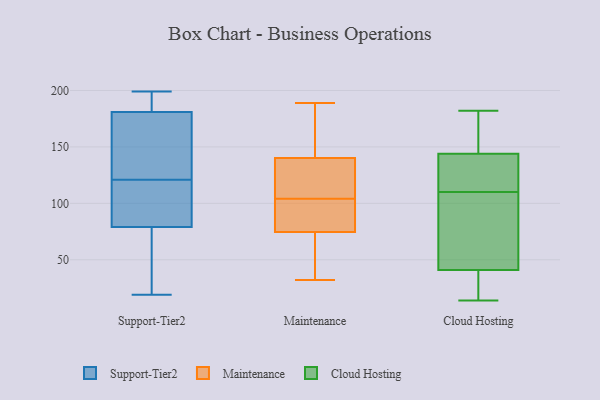
{"axis": {"x": "Active Users", "y": "Value"}, "legend": ["Cloud Hosting", "Maintenance", "Support-Tier2"], "data": [{"x": "", "y": 155, "type": "Support-Tier2"}, {"x": "", "y": 97, "type": "Support-Tier2"}, {"x": "", "y": 153, "type": "Support-Tier2"}, {"x": "", "y": 62, "type": "Support-Tier2"}, {"x": "", "y": 67, "type": "Support-Tier2"}, {"x": "", "y": 96, "type": "Support-Tier2"}, {"x": "", "y": 19, "type": "Support-Tier2"}, {"x": "", "y": 97, "type": "Support-Tier2"}, {"x": "", "y": 193, "type": "Support-Tier2"}, {"x": "", "y": 199, "type": "Support-Tier2"}, {"x": "", "y": 145, "type": "Support-Tier2"}, {"x": "", "y": 181, "type": "Support-Tier2"}, {"x": "", "y": 188, "type": "Support-Tier2"}, {"x": "", "y": 79, "type": "Support-Tier2"}, {"x": "", "y": 104, "type": "Maintenance"}, {"x": "", "y": 69, "type": "Maintenance"}, {"x": "", "y": 161, "type": "Maintenance"}, {"x": "", "y": 117, "type": "Maintenance"}, {"x": "", "y": 91, "type": "Maintenance"}, {"x": "", "y": 39, "type": "Maintenance"}, {"x": "", "y": 148, "type": "Maintenance"}, {"x": "", "y": 189, "type": "Maintenance"}, {"x": "", "y": 115, "type": "Maintenance"}, {"x": "", "y": 32, "type": "Maintenance"}, {"x": "", "y": 91, "type": "Maintenance"}, {"x": "", "y": 131, "type": "Cloud Hosting"}, {"x": "", "y": 14, "type": "Cloud Hosting"}, {"x": "", "y": 26, "type": "Cloud Hosting"}, {"x": "", "y": 119, "type": "Cloud Hosting"}, {"x": "", "y": 172, "type": "Cloud Hosting"}, {"x": "", "y": 161, "type": "Cloud Hosting"}, {"x": "", "y": 101, "type": "Cloud Hosting"}, {"x": "", "y": 126, "type": "Cloud Hosting"}, {"x": "", "y": 182, "type": "Cloud Hosting"}, {"x": "", "y": 41, "type": "Cloud Hosting"}, {"x": "", "y": 21, "type": "Cloud Hosting"}, {"x": "", "y": 144, "type": "Cloud Hosting"}, {"x": "", "y": 52, "type": "Cloud Hosting"}, {"x": "", "y": 79, "type": "Cloud Hosting"}]}